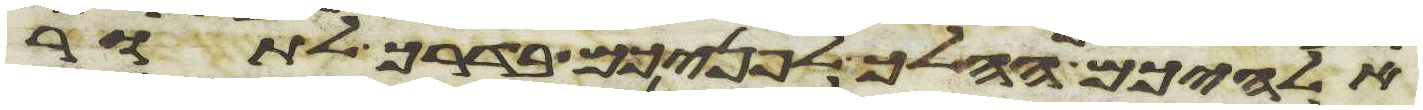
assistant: אלהיכם ההלך לפניכם בדרך לתור